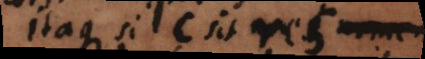
Itaque si c sit rei nomen